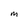
Character: M